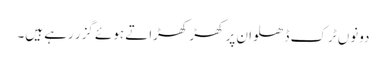
دونوں ٹرک ڈھلوان پر کھڑ کھڑاتے ہوئے گزر رہے ہیں۔